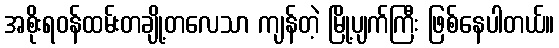
အစိုးရဝန်ထမ်းတချို့တလေသာ ကျန်တဲ့ မြို့ပျက်ကြီး ဖြစ်နေပါတယ်။